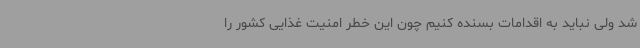
شد ولی نباید به اقدامات بسنده کنیم چون این خطر امنیت غذایی کشور را